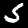
Label: 5